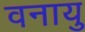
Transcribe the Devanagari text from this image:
वनायु